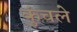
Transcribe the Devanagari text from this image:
कुंचले